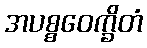
အပစ္စဝေက္ခိတံ